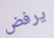
يرفض